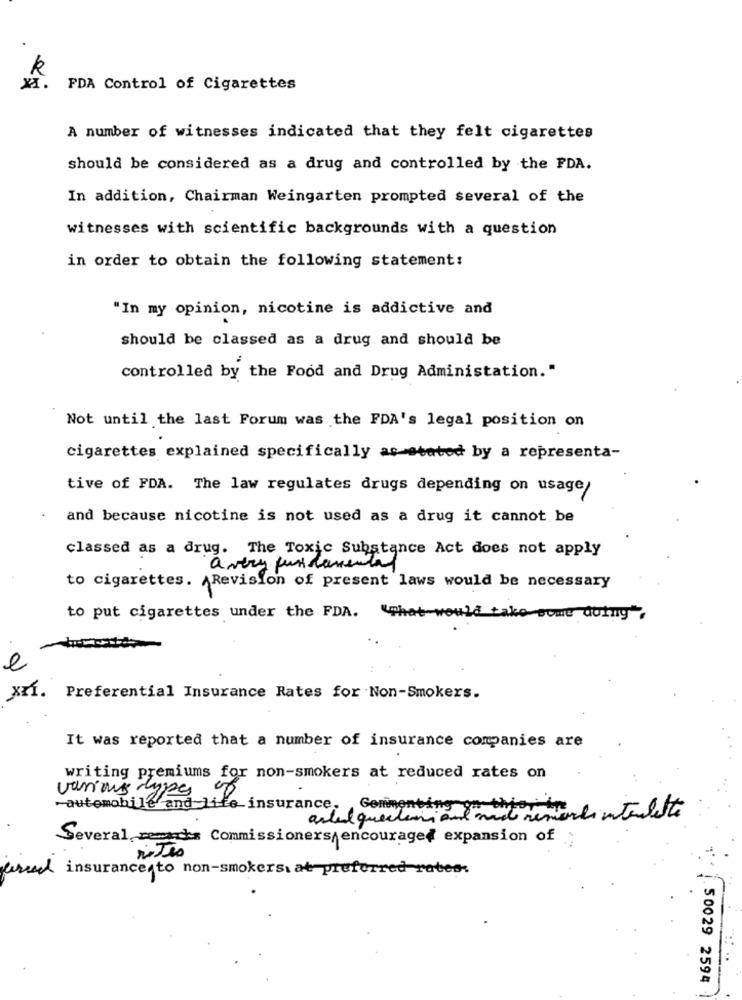
k
X.
FDA Control of Cigarettes
A number of witnesses indicated that they felt cigarettes
should be considered as a drug and controlled by the FDA.
In addition, Chairman Weingarten prompted several of the
witnesses with scientific backgrounds with a question
in order to obtain the following statement:
"In my opinion, nicotine is addictive and
should be classed as a drug and should be
controlled by the Food and Drug Administation."
Not until the last Forum was the FDA's legal position on
cigarettes explained specifically as stated by a representa-
tive of FDA. The law regulates drugs depending on usage/
and because nicotine is not used as a drug it cannot be
classed as a drug. The Toxic Substance Act does not apply
avery fundamental
to cigarettes. Revision of present laws would be necessary
the
to put cigarettes under the FDA.
ko some doing",
e
XII.
Preferential Insurance Rates for Non-Smokers.
It was reported that a number of insurance companies are
writing premiums for non-smokers at reduced rates on
various types.
-automobile and life insurance. Commenting ya this ine
artal queclari ant and remarks interdite
Several resachs Commissioners encouraged expansion of :
ud insurance to non-smokers, at preferred rates.
. 50029 2594